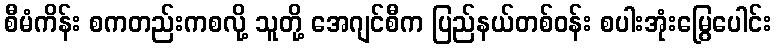
စီမံကိန်း စကတည်းကစလို့ သူတို့ အေဂျင်စီက ပြည်နယ်တစ်ဝန်း စပါးအုံးမြွေပေါင်း